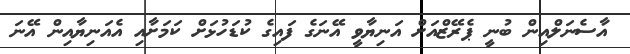
އާސެނަލްއިން ބުނީ ޕެރޭޒްއަށް އަނިޔާވީ އޭނަގެ ފައިގެ ކުޑަހުޅަށް ކަމަށާއި އެއަނިޔާއިން އޭނަ